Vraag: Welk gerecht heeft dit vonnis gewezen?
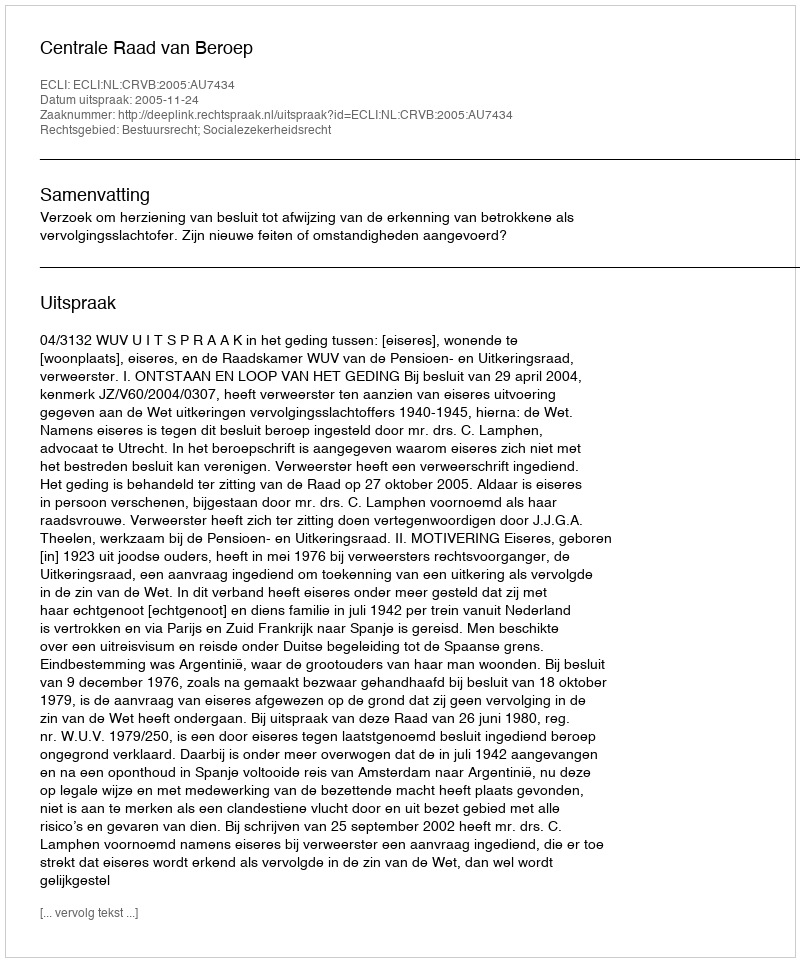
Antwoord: Centrale Raad van Beroep